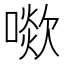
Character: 㗵